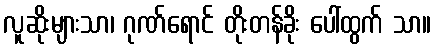
လူဆိုးများသာ၊ ဂုဏ်ရောင် တိုးတန်ခိုး ပေါ်ထွက် သာ။